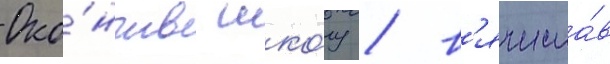
Око́нчив шко́лу / в'ячесла́в